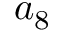
a _ { 8 }